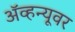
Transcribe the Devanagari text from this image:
ॲव्हन्यूवर